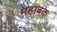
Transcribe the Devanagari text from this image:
महाबक